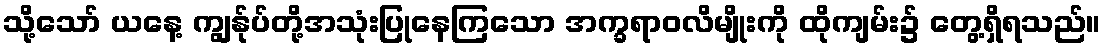
သို့သော် ယနေ့ ကျွန်ုပ်တို့အသုံးပြုနေကြသော အက္ခရာဝလိမျိုးကို ထိုကျမ်း၌ တွေ့ရှိရသည်။